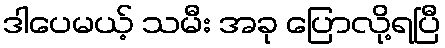
ဒါပေမယ့် သမီး အခု ပြောလို့ရပြီ